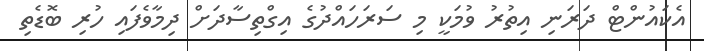
އެކައުންޓް ދަރަނި އިތުރު ވުމަކީ މި ސަރަހައްދުގެ އިގްތިސާދަށް ދިމާވެފައި ހުރި ބޮޑެތި